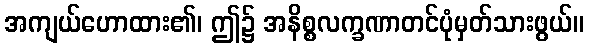
အကျယ်ဟောထား၏၊ ဤ၌ အနိစ္စလက္ခဏာတင်ပုံမှတ်သားဖွယ်။